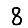
Digit: 8